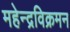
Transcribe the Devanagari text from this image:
महेन्द्रविक्रमन